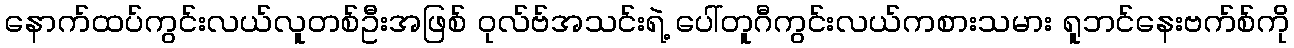
နောက်ထပ်ကွင်းလယ်လူတစ်ဦးအဖြစ် ဝုလ်ဗ်အသင်းရဲ့ ပေါ်တူဂီကွင်းလယ်ကစားသမား ရူဘင်နေးဗက်စ်ကို